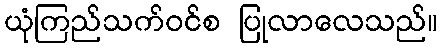
ယုံကြည်သက်ဝင်စ ပြုလာလေသည်။